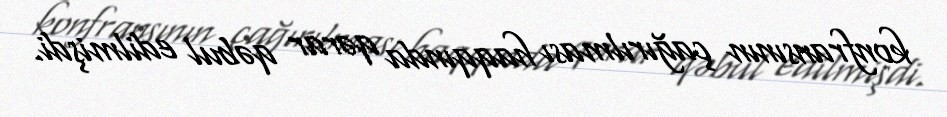
konfransının çağırılması haqqında qərar qəbul edilmişdi.